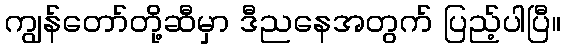
ကျွန်တော်တို့ဆီမှာ ဒီညနေအတွက် ပြည့်ပါပြီ။